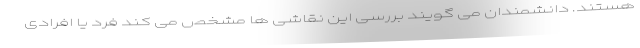
هستند. دانشمندان می گویند بررسی این نقاشی ها مشخص می کند فرد یا افرادی